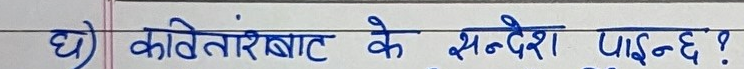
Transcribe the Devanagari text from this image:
घ) कवितारबाट के सन्देश पाइन्छ ?